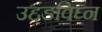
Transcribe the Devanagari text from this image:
उद्दंडविघ्न